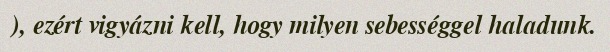
), ezért vigyázni kell, hogy milyen sebességgel haladunk.